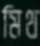
মিথ